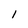
Character: l